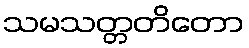
သမသတ္တတိတော